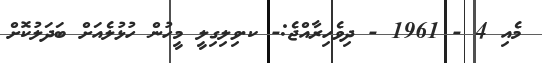
މެއި 4 - 1961 - ދިވެހިރާއްޖެ:- ކ.ވިލިގިލީ މީހުން ހުޅުލެއަށް ބަދަލުކޮށް